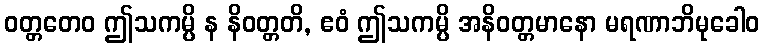
ဝတ္တတေဝ ဤသကမ္ပိ န နိဝတ္တတိ, ဧဝံ ဤသကမ္ပိ အနိဝတ္တမာနော မရဏာဘိမုခေါဝ